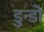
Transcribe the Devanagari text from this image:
डुन्डो